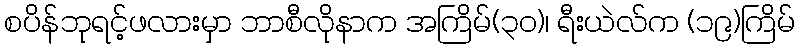
စပိန်ဘုရင့်ဖလားမှာ ဘာစီလိုနာက အကြိမ်(၃၀)၊ ရီးယဲလ်က (၁၉)ကြိမ်